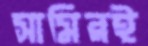
সামিরই